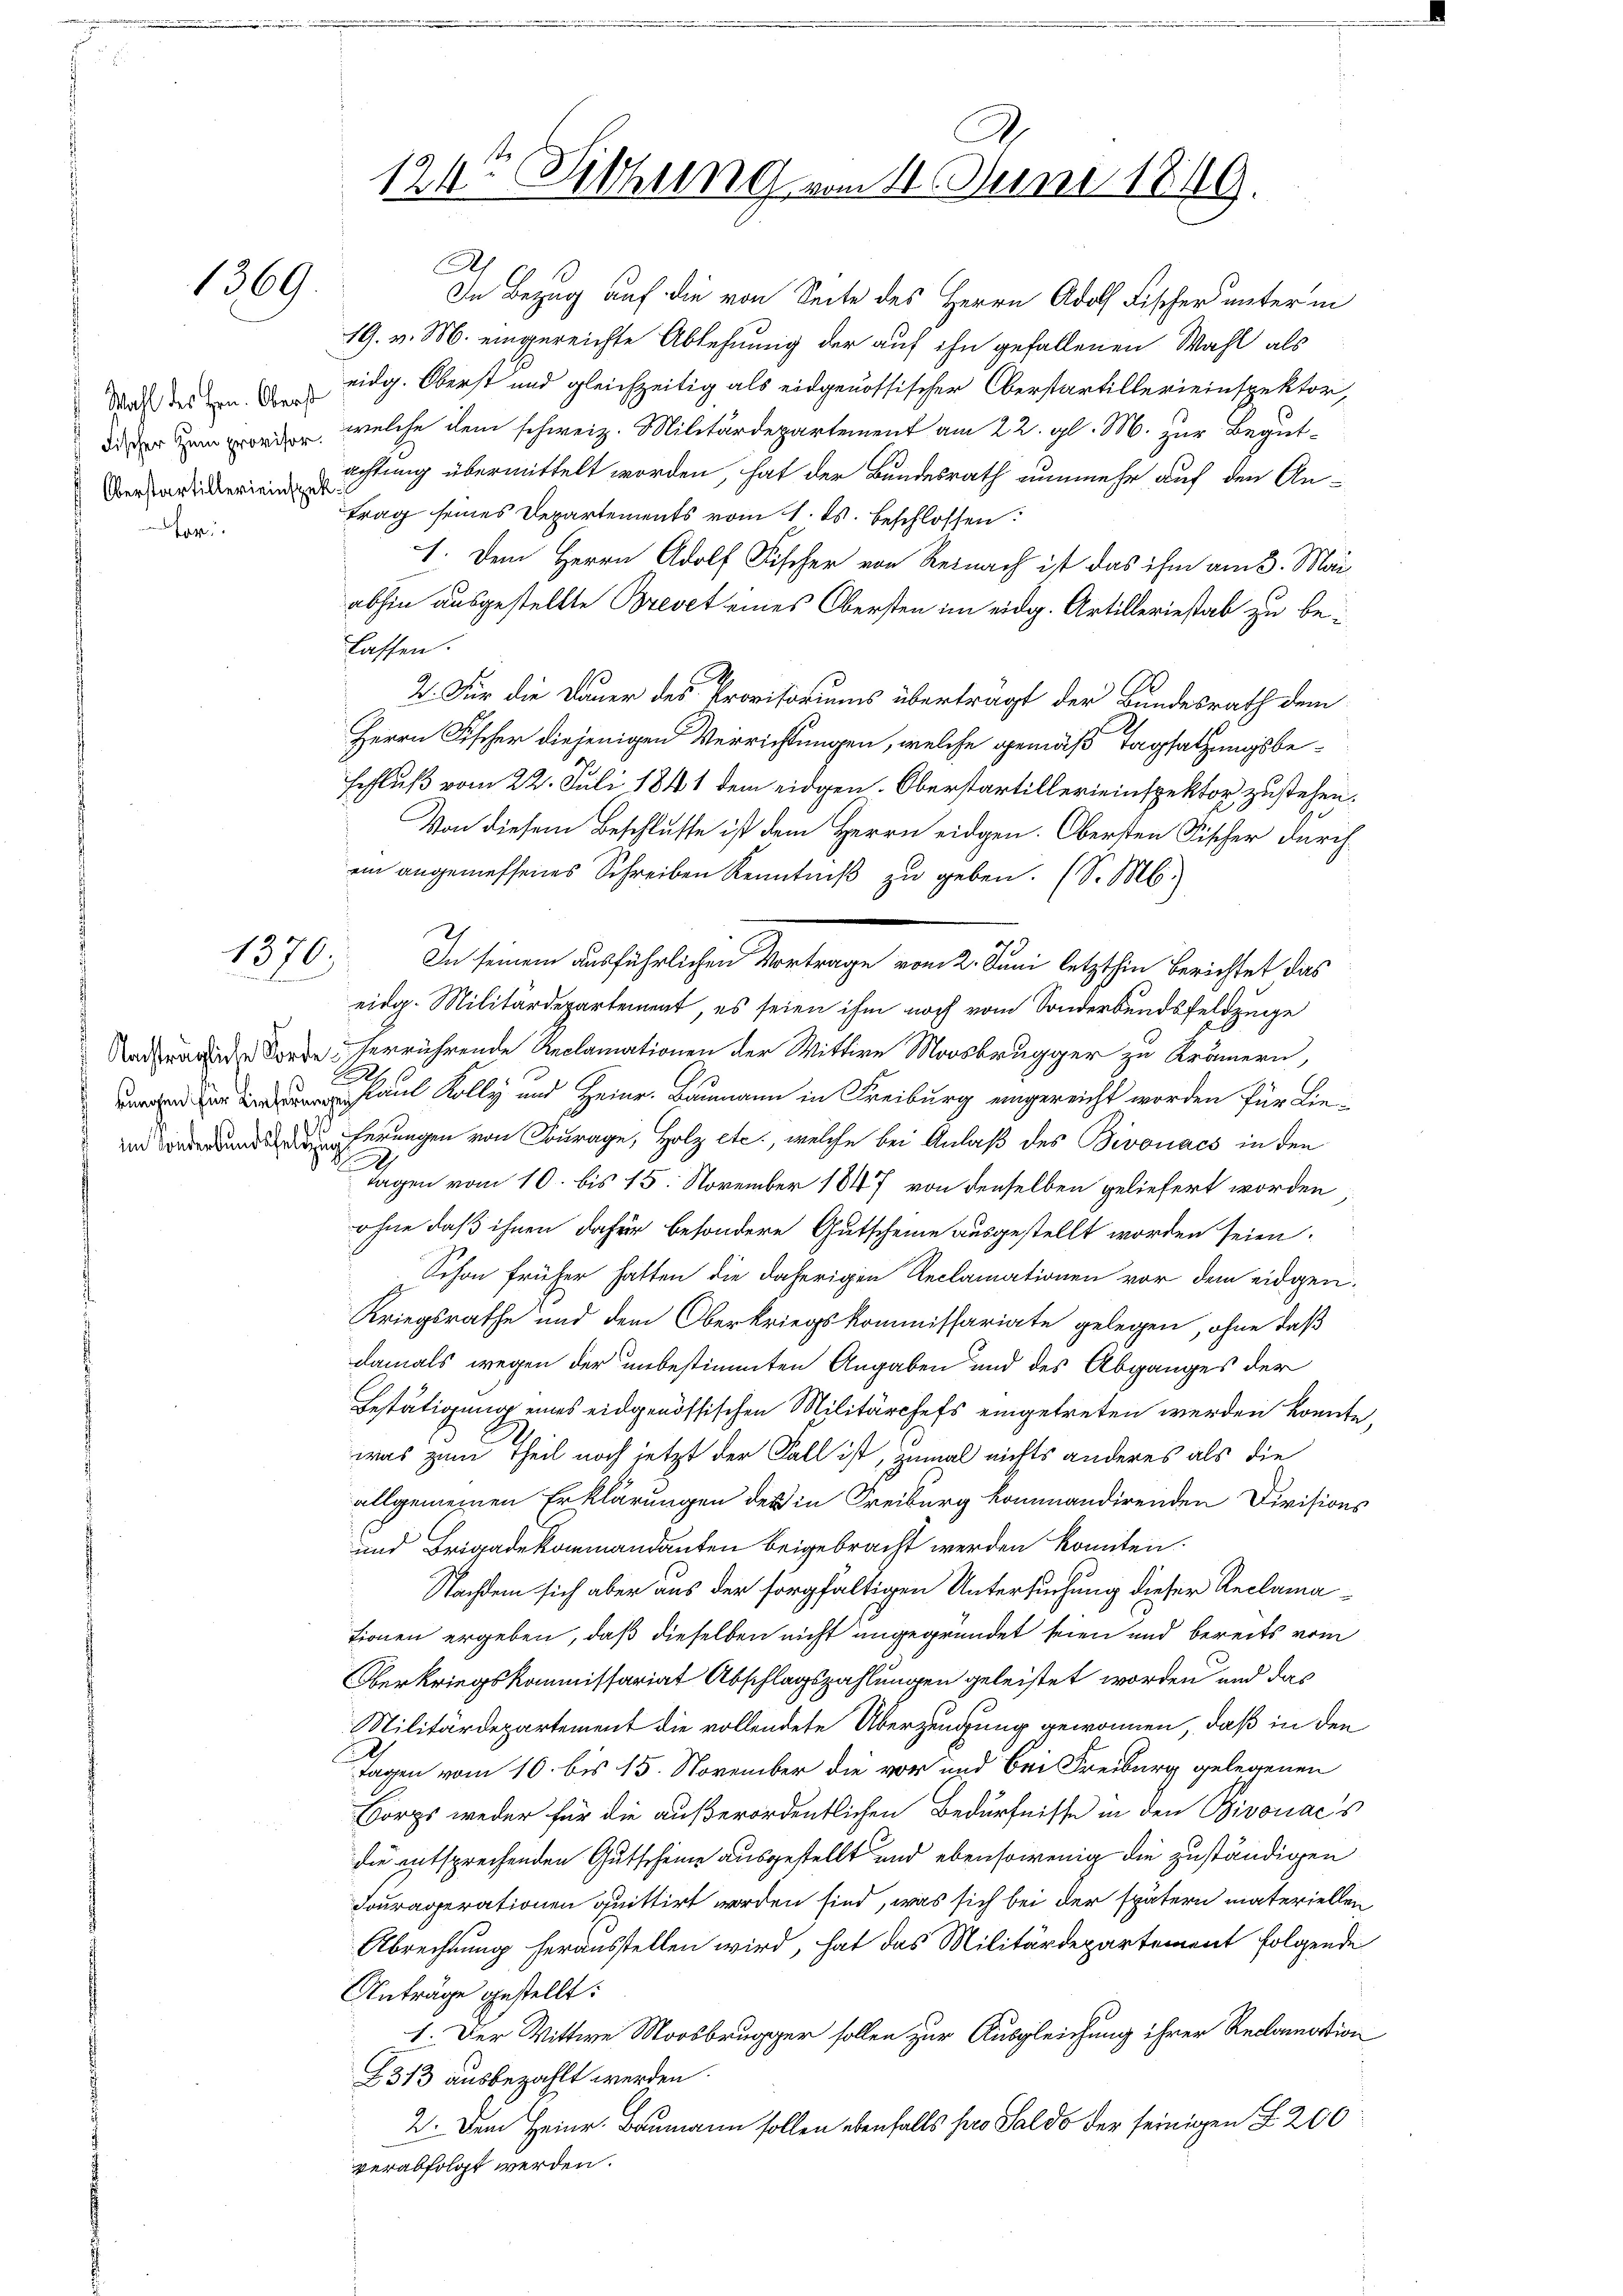
for¬

1369.

Oberstartillerieinspek

1370.

Ah
In Bezug auf die von Seite des Herrn Adolf Fischer unter m
19. v. M. eingereichte Ablehnung der auf ihn gefallenen Wahl als
daß des in eidg. Oberst und gleichzeitig als eidgenössischer Oberstartillerieinspektor,
die, welche dem schweiz. Militärdepartement am 22. gl. M. zur Begutachtung übermittelt worden, hat der Bundesrath nunmehr auf den An-
trag seines Departements vom 1. ds. beschlossen:
1. Dem Herrn Adolf Fischer von Reinach ist das ihm am 3. Mai
abhin ausgestellte Brevet eines Obersten im eidg. Artilleriestab zu belassen.
2. Für die Dauer des Provisoriums übertragt der Bundesrath dem
Herrn Fischer diejenigen Verrichtungen, welche gemäß Tagsatzungsbeschluß vom 22. Juli 1841 dem eidgen. Oberstartillereinspektor zustehen.
Von diesem Beschlusse ist dem Herrn eidgen. Obersten Fischer durchein angemessenes Schreiben Kenntniß zu geben. (S. M.
In seinem ausführlichen Vortrage vom 2. Juni letzthin Berichtet das
eidg. Militärdepartement, es seien ihm noch vom Sonderbundsfeldzuge
Nadwaide Forde herrührende Reclamationen der Wittwe Moosbrugger zu Krämern,
160
.
aul Kolly und Heinr. Baumann in Freiburg eingereicht worden für Lie-
1
ferungen von Courage, Holz etc., welche bei Anlaß des Bivonács in den
Tagen vom 10. bis 15. November 1847 von denselben geliefert worden
ohne daß ihnen dafür besondere Gutscheine ausgestellt worden seien.
Schon früher hatten die daherigen Reclamationen vor dem eidgen¬
Kriegsrathe und dem Oberkriegskommissariate gelegen, ohne daß
damals wegen der unbestimmten Angaben und des Abganges der
Bestätigung eines eidgenössischen Militärchefs eingetreten werden könnte,
was zum Theil noch jetzt der Fall ist, zumal nichts anderes als die
allgemeinen Erklärungen des in Freiburg kommandirenden Divisions
und Brigadekommandanten beigebracht werden konnten.
Nachdem sich aber aus der sorgfältigen Untersuchung dieser Reclamationen ergeben, daß dieselben nicht angegründet seien und bereits vom
Oberkriegskommissariat Abschlagszahlungen geleistet worden und das
Militärdepartement die vollendete Überzeugung gewonnen, daß in den
Tagen vom 10. bis 15. November die vor und bei Freiburg gelegenen
Korps weder für die außerordentlichen Bedürfnisse in den Bivouac's
die entsprechenden Gutscheine ausgestellt und ebensowenig die zuständigen
Fouraperationen quittirt werden sind, was sich bei der spätern materiellen
Abrechnung herausstellen wird, hat das Militärdepartement folgende
Anträge gestellt:
1. Der Wittwe Moosbrugger sollen zur Ausgleichung ihrer Reclamation
B313 ausbezahlt werden.
2. Dem Heinr. Baumann sollen ebenfalls pro Saldo der seinigen Z. 200
verabfolgt werden.

124. Sitzung vom 14. Juni 1849.